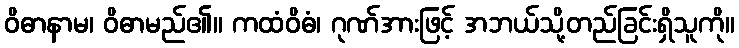
ဝိဓာနာမ၊ ဝိဓာမည်၏။ ကထံဝိဓံ၊ ဂုဏ်အားဖြင့် အဘယ်သို့တည်ခြင်းရှိသူကို။